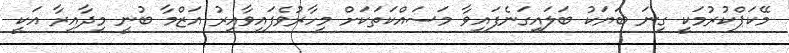
މޭކަޕްކުރުމަކީ ގިނަ ބަޔަކު ބަލައިގަނެފައިވާ މަސައްކަތަކަށް މިހާރުވެފައިވާއިރު އަޒްމާ ބުނީ މިދާއިރާ އަކީ